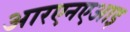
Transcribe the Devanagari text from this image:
आरएनएआइ